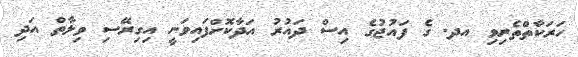
ހަރަކާތްތެރިވި އދ. ގެ ފައުޖުގެ އިސް ދައުރު އަދާކޮށްފައިވަނީ އިގިރޭސި ވިލާތް އަދި